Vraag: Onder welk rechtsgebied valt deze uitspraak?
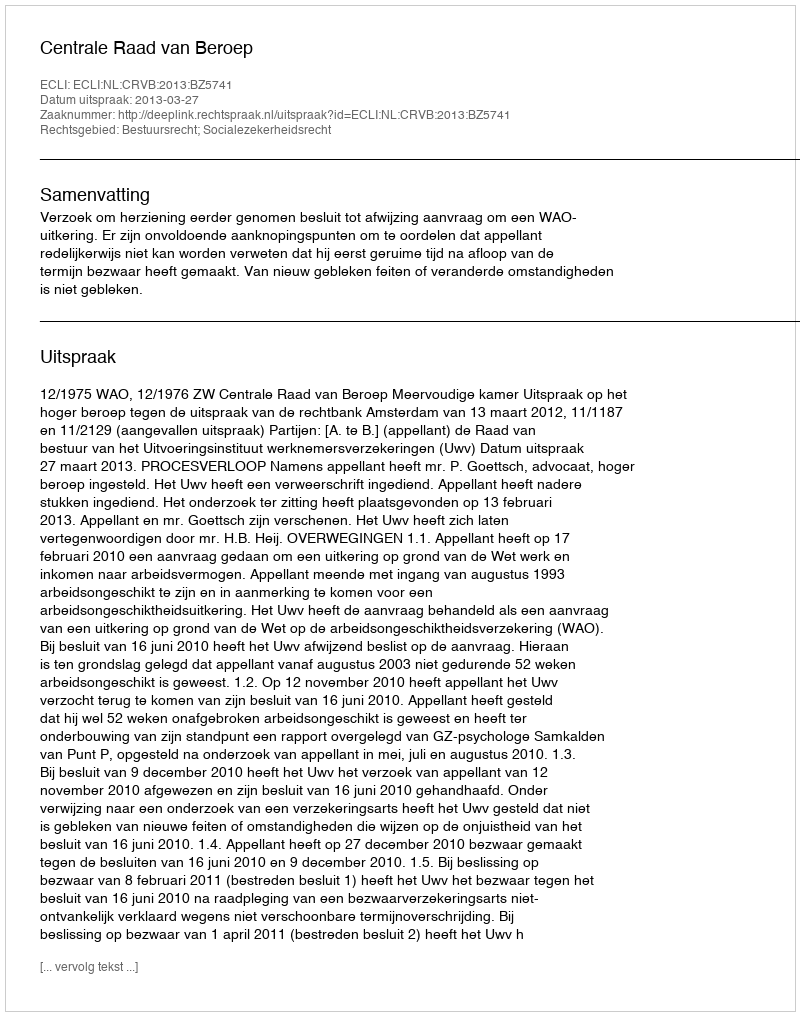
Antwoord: Bestuursrecht; Socialezekerheidsrecht